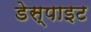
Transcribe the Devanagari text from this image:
डेस्पाइट